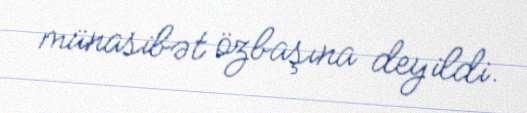
münasibət özbaşına deyildi.